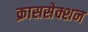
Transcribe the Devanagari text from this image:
क्राससेक्शन